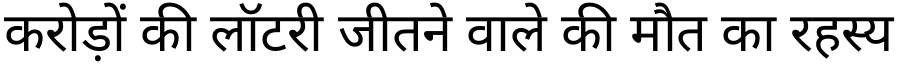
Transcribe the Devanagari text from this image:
करोड़ों की लॉटरी जीतने वाले की मौत का रहस्य